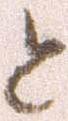
と